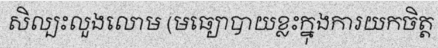
សិល្បះលួងលោម (មធ្យោបាយខ្លះក្នុងការយកចិត្ត